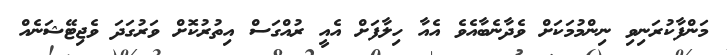
މަންފާކުރަނިވި ނިންމުމަކަށް ވެދާނެބާއެވެ އެއާ ހިލާފަށް އެއީ ރުއްގަސް އިތުރުކޮށް ވަރުގަދަ ވެޖިޓޭޝަނެއް